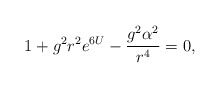
\begin{align*}1+g^{2}r^{2}e^{6U}-\frac{g^{2}\alpha ^{2}}{r^{4}}=0, \end{align*}